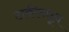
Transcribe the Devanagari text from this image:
टाकीमधून